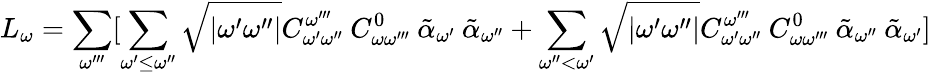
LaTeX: L_{\omega}=\sum_{\omega^{\prime\prime\prime}}[\sum_{\omega^{\prime}\leq\omega^{\prime\prime}}\sqrt{|\omega^{\prime}\omega^{\prime\prime}|}C_{\omega^{\prime}\omega^{\prime\prime}}^{\omega^{\prime\prime\prime}}\: C_{\omega\omega^{\prime\prime\prime}}^{0}\: \tilde{\alpha}_{\omega^{\prime}}\: \tilde{\alpha}_{\omega^{\prime\prime}}+\sum_{\omega^{\prime\prime}<\omega^{\prime}}\sqrt{|\omega^{\prime}\omega^{\prime\prime}|}C_{\omega^{\prime}\omega^{\prime\prime}}^{\omega^{\prime\prime\prime}}\: C_{\omega\omega^{\prime\prime\prime}}^{0}\: \tilde{\alpha}_{\omega^{\prime\prime}}\: \tilde{\alpha}_{\omega^{\prime}}]